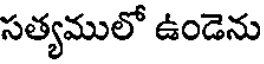
సత్యములో ఉండెను